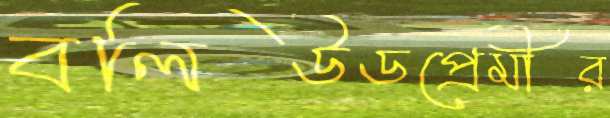
বলিউডপ্রেমীর